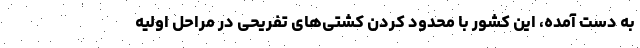
به دست آمده، این کشور با محدود کردن کشتی‌های تفریحی در مراحل اولیه